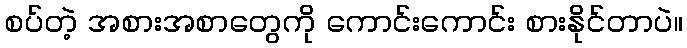
စပ်တဲ့ အစားအစာတွေကို ကောင်းကောင်း စားနိုင်တာပဲ။